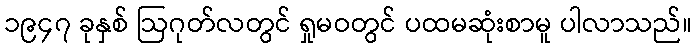
၁၉၄၇ ခုနှစ် ဩဂုတ်လတွင် ရှုမဝတွင် ပထမဆုံးစာမူ ပါလာသည်။